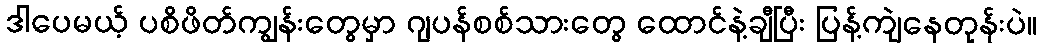
ဒါပေမယ့် ပစိဖိတ်ကျွန်းတွေမှာ ဂျပန်စစ်သားတွေ ထောင်နဲ့ချီပြီး ပြန့်ကျဲနေတုန်းပဲ။